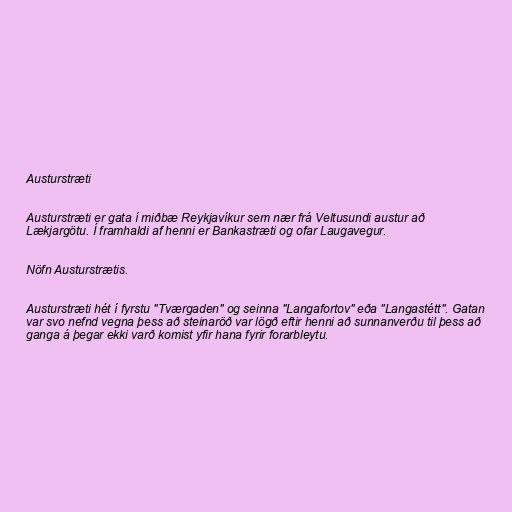
Austurstræti

Austurstræti er gata í miðbæ Reykjavíkur sem nær frá Veltusundi austur að
Lækjargötu. Í framhaldi af henni er Bankastræti og ofar Laugavegur.

Nöfn Austurstrætis.

Austurstræti hét í fyrstu "Tværgaden" og seinna "Langafortov" eða "Langastétt". Gatan
var svo nefnd vegna þess að steinaröð var lögð eftir henni að sunnanverðu til þess að
ganga á þegar ekki varð komist yfir hana fyrir forarbleytu.